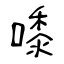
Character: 嚟